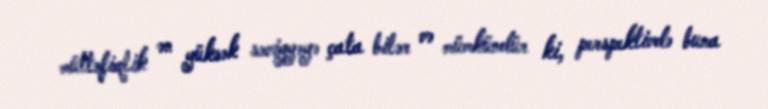
müttəfiqlik ən yüksək səviyyəyə çata bilər və mümkündür ki, perspektivdə buna